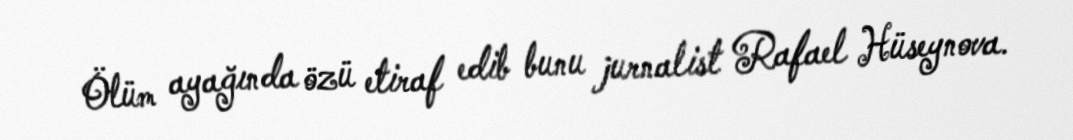
Ölüm ayağında özü etiraf edib bunu jurnalist Rafael Hüseynova.